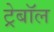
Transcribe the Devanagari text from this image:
ट्रेबॉल